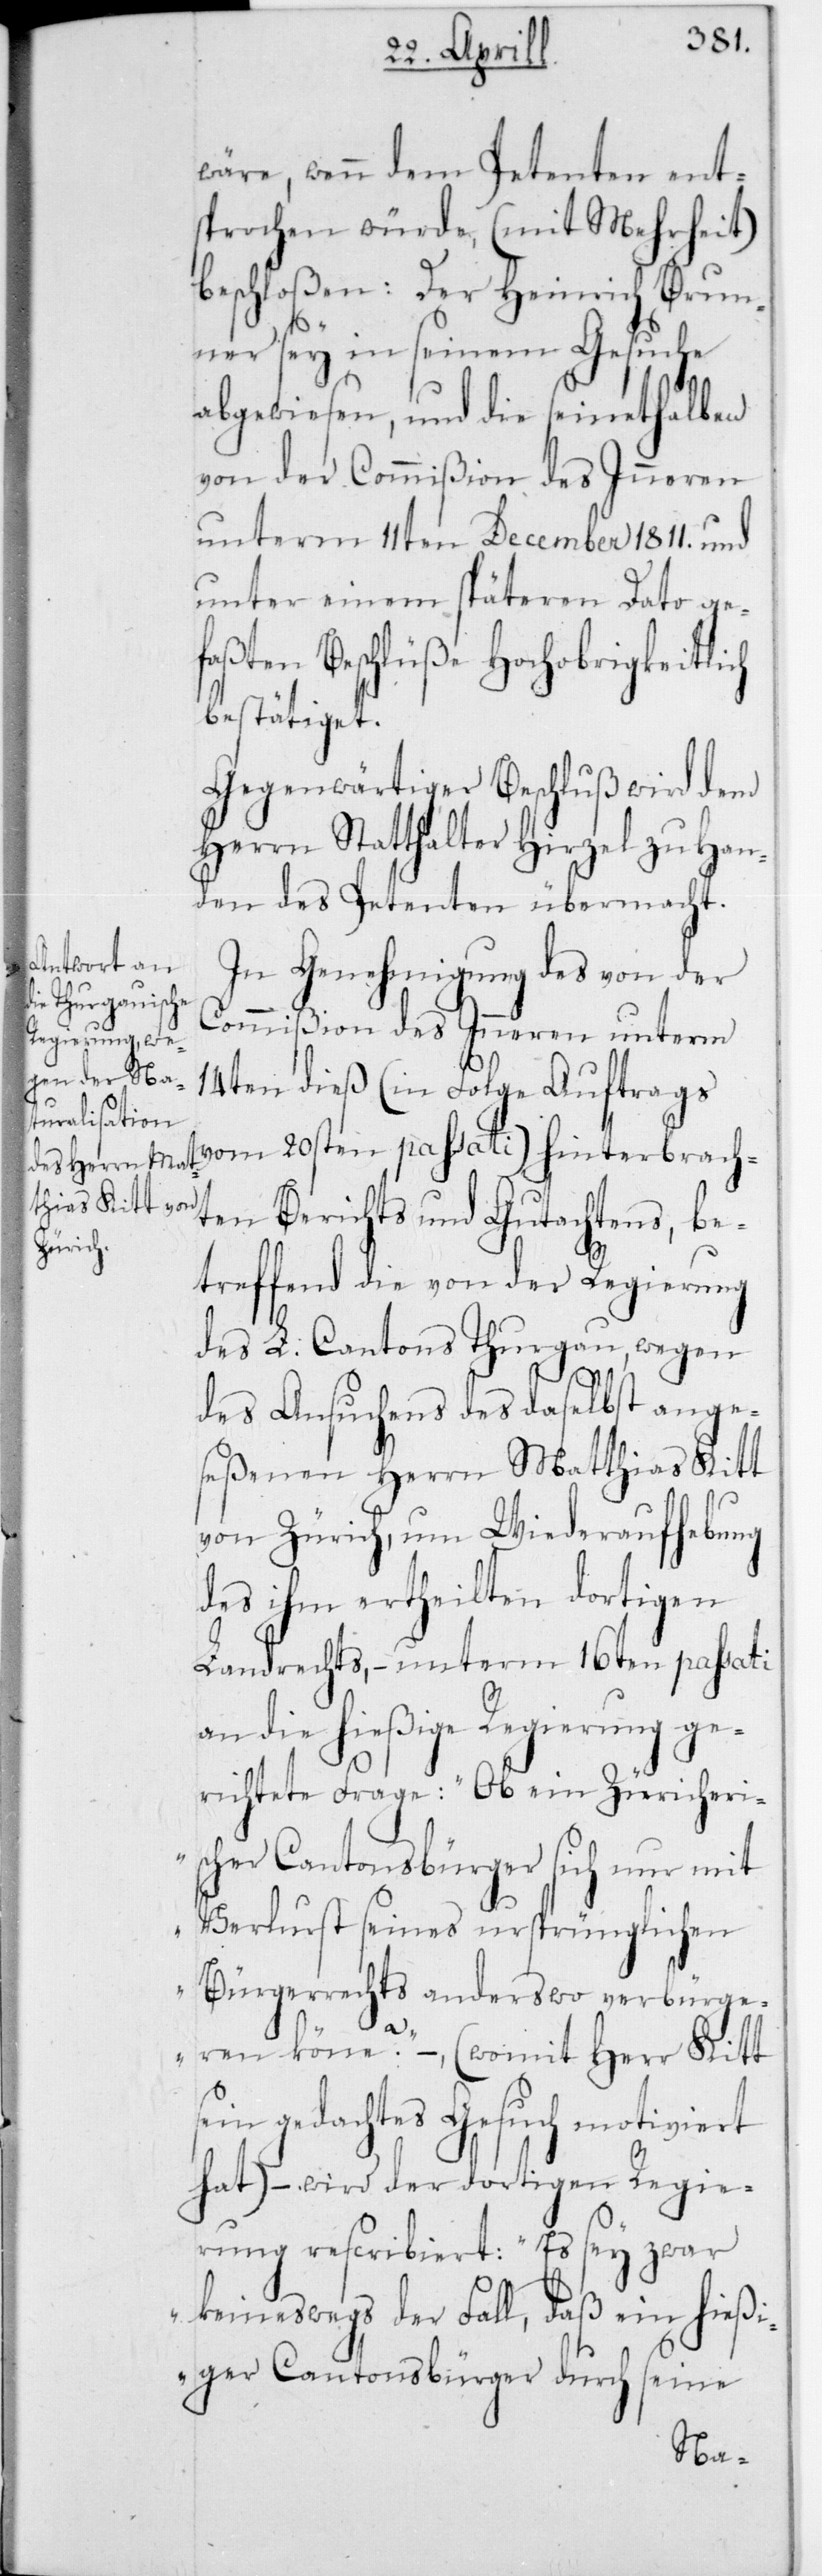
wäre, wenn dem Petenten ent¬
sprochen würde, (mit Mehrheit)
beschloßen: Der Heinrich Brun¬
ner sey in seinem Gesuche
abgewiesen, und die seinethalben
von der Commißion des Inneren
unterm 11ten December 1811 und
unter einem späteren Dato ge¬
faßten Beschlüße Hochobrigkeitlich
bestätiget.
Gegenwärtiger Beschluß wird dem
Herrn Statthalter Hirzel zu Han¬
den des Petenten übermacht.
In Genehmigung des von der
Commißion des Innern unterm
14ten dieß (in Folge Auftrags
vom 20sten passati) hinterbrach¬
ten Berichts und Gutachtens, be¬
treffend die von der Regierung
des L. Cantons Thurgau, wegen
des Ansuchens des daselbst ange¬
seßenen Herrn Matthias Kitt
von Zürich, um Wiederaufhebung
des ihm ertheilten dortigen
Landrechts, – unterm 16ten passati
an die hießige Regierung ge¬
richtete Frage: „Ob ein Züricheri¬
scher Cantonsbürger sich nur mit
Verlust seines ursprünglichen
Bürgerrechts anderswo verbürge¬
ren könne?“ – (womit Herr Kitt
sein gedachtes Gesuch motiviert
hat) – wird der dortigen Regie¬
rung rescribiert: „Es sey zwar
keineswegs der Fall, daß ein hießi¬
ger Cantonsbürger durch seine